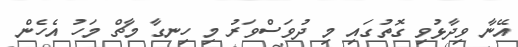
އޭނާ ވިދާޅުވި ގޮތުގައި މި ދުވަސްވަރު މި ހިނގާ މާޗް މަހު އެހެން